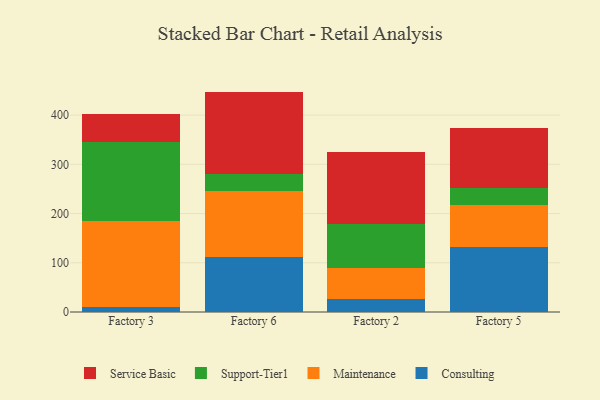
{"axis": {"x": "Factory", "y": "Market Share (%)"}, "legend": ["Consulting", "Maintenance", "Service Basic", "Support-Tier1"], "data": [{"x": "Factory 3", "y": 10.3, "type": "Consulting"}, {"x": "Factory 3", "y": 175.4, "type": "Maintenance"}, {"x": "Factory 3", "y": 160.1, "type": "Support-Tier1"}, {"x": "Factory 3", "y": 57.0, "type": "Service Basic"}, {"x": "Factory 6", "y": 111.0, "type": "Consulting"}, {"x": "Factory 6", "y": 135.5, "type": "Maintenance"}, {"x": "Factory 6", "y": 34.7, "type": "Support-Tier1"}, {"x": "Factory 6", "y": 166.6, "type": "Service Basic"}, {"x": "Factory 2", "y": 25.6, "type": "Consulting"}, {"x": "Factory 2", "y": 62.9, "type": "Maintenance"}, {"x": "Factory 2", "y": 91.3, "type": "Support-Tier1"}, {"x": "Factory 2", "y": 144.5, "type": "Service Basic"}, {"x": "Factory 5", "y": 131.2, "type": "Consulting"}, {"x": "Factory 5", "y": 85.4, "type": "Maintenance"}, {"x": "Factory 5", "y": 35.0, "type": "Support-Tier1"}, {"x": "Factory 5", "y": 121.6, "type": "Service Basic"}]}